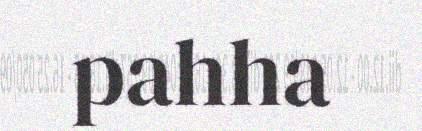
pahha